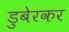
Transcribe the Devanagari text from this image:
डुबेरकर